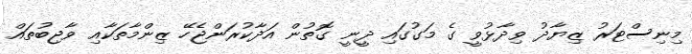
މިނިސްޓަރު ޒިޔާދު ވިދާޅުވީ ގެ މަގުގައި ދީނީ ގޮތުން އަދާކުރަންޖެހޭ ޒިންމާތަކާއި ވާޖިބުތައް